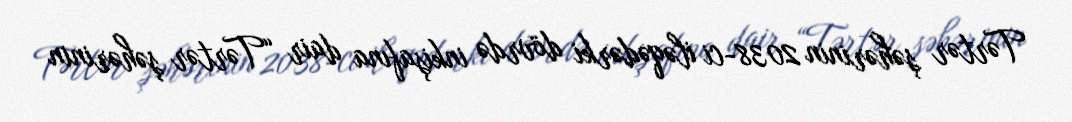
Tərtər şəhərinin 2038-ci iləqədərki dövrdə inkişafına dair “Tərtər şəhərinin